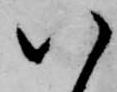
八